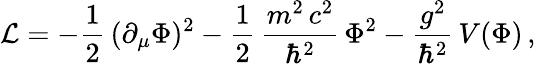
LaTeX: {\cal L}=-\frac{1}{2}\, (\partial_{\mu}\Phi)^{2}-\frac{1}{2}\, \frac{m^{2}\, c^{2}}{\hbar^{2}}\, \Phi^{2}-\frac{g^{2}}{\hbar^{2}}\, V(\Phi)\, ,